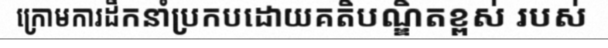
ក្រោមការដឹកនាំប្រកបដោយគតិបណ្ឌិតខ្ពស់ របស់